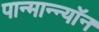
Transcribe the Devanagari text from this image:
पान्मान्न्यॉन